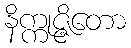
နိက္ကုဇ္ဇိတော